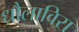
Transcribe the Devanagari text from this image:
धौलाविरा